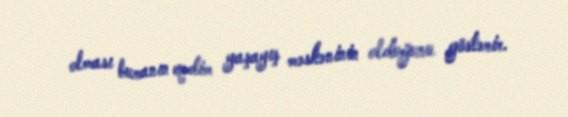
olması buranın qədim yaşayış məskəninin olduğunu göstərir.